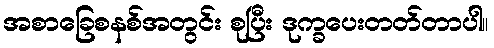
အစာခြေစနစ်အတွင်း စုပြီး ဒုက္ခပေးတတ်တာပါ။